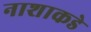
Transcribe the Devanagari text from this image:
नाशाकडे